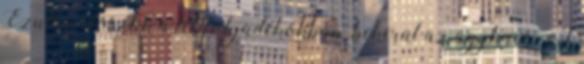
Ezután eloszlik a testfolyadékokban, bekerül az agyba is. A